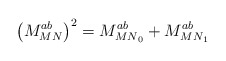
\begin{align*}\left( M^{ab}_{MN} \right)^2=M^{ab}_{{MN}_0} +M^{ab}_{{MN}_1}\end{align*}